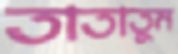
তাতাতুম